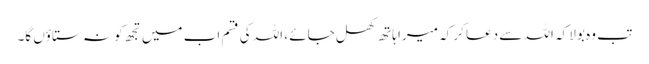
تب وہ بولا کہ اللہ سے دعا کر کہ میرا ہاتھ کھل جائے ، اللہ کی قسم اب میں تجھ کو نہ ستاؤں گا۔